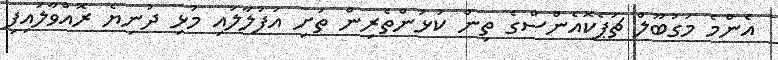
އެންމެ މަގުބޫލް ޗަޕެކޮއެންސްގެ ތިން ކުޅުންތެރިން ތަށި އުފުލާލައި މުޅި ދުނިޔެ ރޮއްވާލައިފި